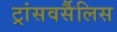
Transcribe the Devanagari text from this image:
ट्रांसवर्सैलिस